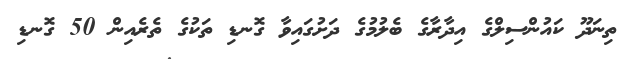
ތިނަދޫ ކައުންސިލްގެ އިދާރާގެ ބެލުމުގެ ދަށުގައިވާ ގޮނޑި ތަކުގެ ތެރެއިން 50 ގޮނޑި